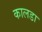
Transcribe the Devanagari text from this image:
कालडा